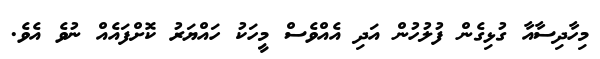
މިހާދިސާއާ ގުޅިގެން ފުލުހުން އަދި އެއްވެސް މީހަކު ހައްޔަރު ކޮށްފައެއް ނުވެ އެވެ.